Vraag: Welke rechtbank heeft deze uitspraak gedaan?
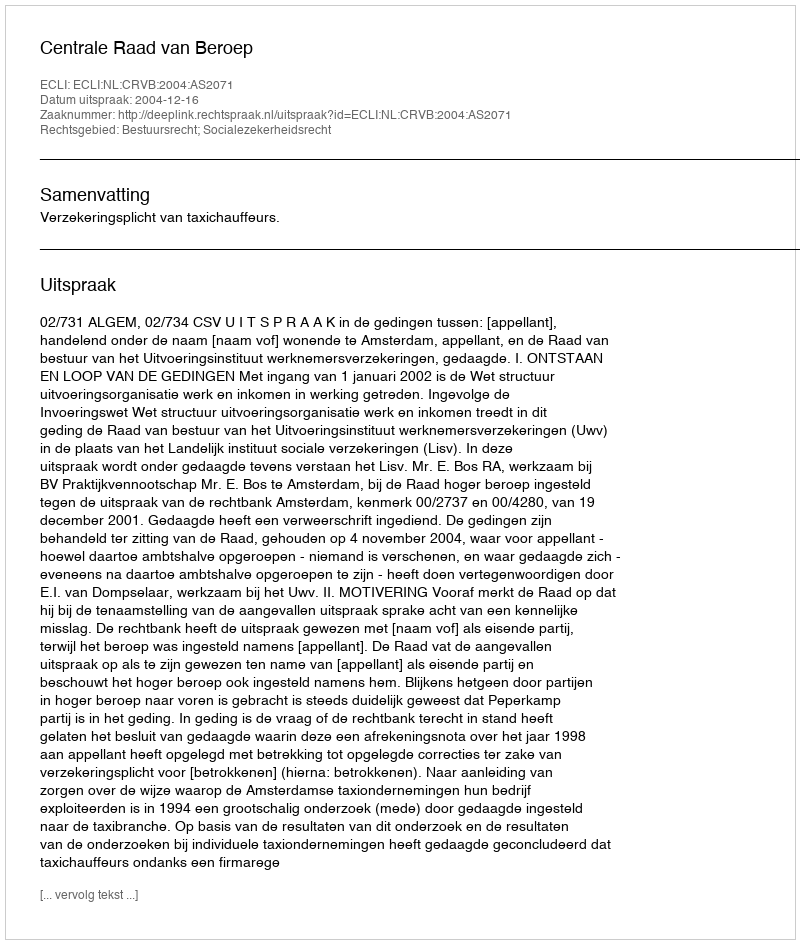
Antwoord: Centrale Raad van Beroep